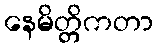
နေမိတ္တိကတာ